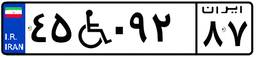
۶۵W۹۷۷۹۹